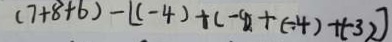
( 7 + 8 + 6 ) - [ ( - 4 ) + ( - 9 ) + ( - 4 ) + ( - 3 ) ]